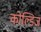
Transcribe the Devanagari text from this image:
कोल्डिज